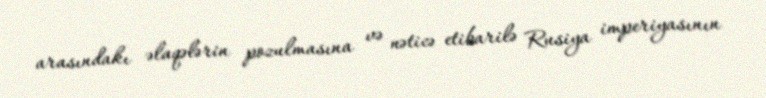
arasındakı əlaqələrin pozulmasına və nəticə etibarilə Rusiya imperiyasının